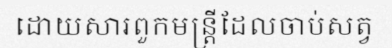
ដោយសារពួកមន្ត្រីដែលចាប់សត្វ